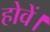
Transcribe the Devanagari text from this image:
होवें।